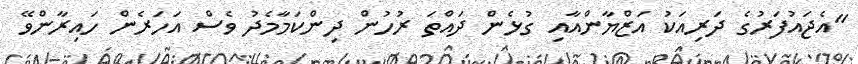
''އެޖައުފަރުގެ ދަރިއަކު އަޒްޔާންއާއި ގުޅެން ދައްތަ ރުހުން ދިންކަމާމެދު ވެސް އަހަރެން ހައިރާންވޭ